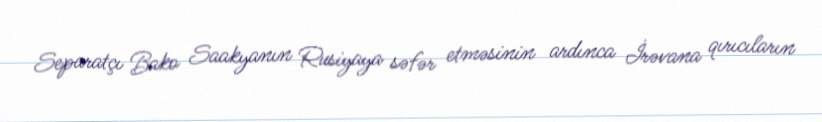
Separatçı Bako Saakyanın Rusiyaya səfər etməsinin ardınca İrəvana qırıcıların